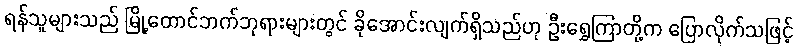
ရန်သူများသည် မြို့တောင်ဘက်ဘုရားများတွင် ခိုအောင်းလျက်ရှိသည်ဟု ဦးရွှေကြာတို့က ပြောလိုက်သဖြင့်